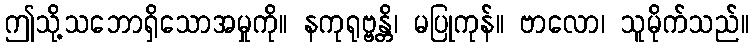
ဤသို့သဘောရှိသောအမှုကို။ နကုရုဗ္ဗန္တိ၊ မပြုကုန်။ ဗာလော၊ သူမိုက်သည်။